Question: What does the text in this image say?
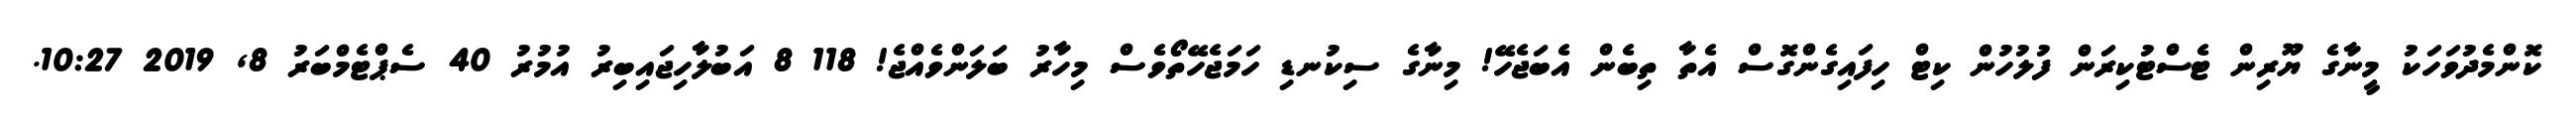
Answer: ކޮންމެދުވަހަކު މީނާގެ ޔޫރިން ޓެސްޓުކިރަން ފުލުހުން ކިޓް ހިފައިގެންގޮސް އެތާ ތިބެން އެބަޖެހޭ! މިނާގެ ސިކުނޑި ހަމަޖެހޭތޯވެސް މިހާރު ބަލަންވެއްޖެ! 118 8 އަބުލާހިޖައިބިރު އުމުރު 40 ސެޕްޓެމްބަރު 8, 2019 10:27.